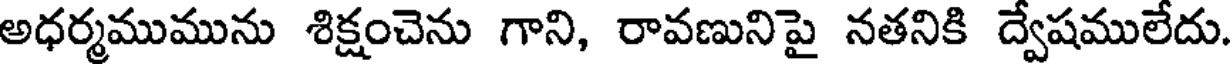
అధర్మముమును శిక్షంచెను గాని, రావణునిపై నతనికి ద్వేషములేదు.